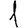
Digit: 1